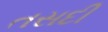
તસદી